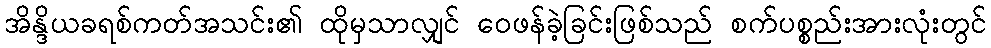
အိန္ဒိယခရစ်ကတ်အသင်း၏ ထိုမှသာလျှင် ဝေဖန်ခဲ့ခြင်းဖြစ်သည် စက်ပစ္စည်းအားလုံးတွင်